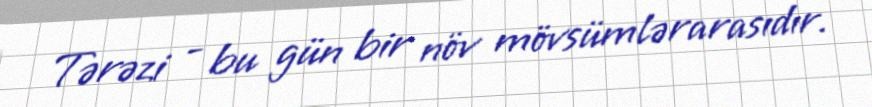
Tərəzi - bu gün bir növ mövsümlərarasıdır.